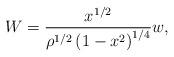
LaTeX: \begin{align*}W=\frac{x^{1/2}}{\rho^{1/2}\left( {1-x^{2}}\right) ^{1/4}}w, \end{align*}